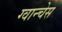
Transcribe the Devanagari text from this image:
ग्वान्चेस